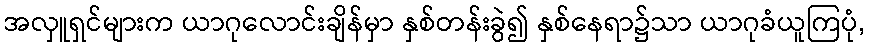
အလှူရှင်များက ယာဂုလောင်းချိန်မှာ နှစ်တန်းခွဲ၍ နှစ်နေရာ၌သာ ယာဂုခံယူကြပုံ,